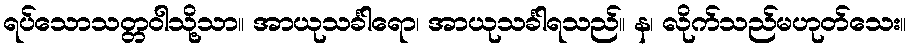
ရပ်သောသတ္တဝါသို့သာ။ အာယုသင်္ခါရော၊ အာယုသင်္ခါရသည်။ န၊ လိုက်သည်မဟုတ်သေး။